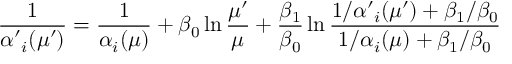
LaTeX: \frac { 1 } { \alpha \prime _ { i } ( \mu \prime ) } = \frac { 1 } { \alpha _ { i } ( \mu ) } + \beta _ { 0 } \ln \frac { \mu \prime } { \mu } + \frac { \beta _ { 1 } } { \beta _ { 0 } } \ln \frac { 1 / \alpha \prime _ { i } ( \mu \prime ) + \beta _ { 1 } / \beta _ { 0 } } { 1 / \alpha _ { i } ( \mu ) + \beta _ { 1 } / \beta _ { 0 } }